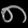
Digit: ၈